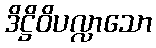
ဒိဋ္ဌိဝိပလ္လာသော